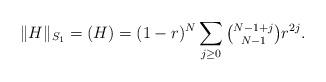
LaTeX: \begin{align*}\|H\|_{S_1}=(H)=(1-r)^N\sum_{j\geq 0}\tbinom{N-1+j}{N-1}r^{2j}.\end{align*}